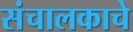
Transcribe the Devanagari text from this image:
संचालकाचे